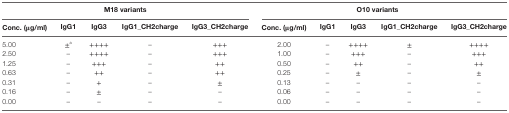
| <COLSPAN=5> M18 variants | <COLSPAN=5> O10 variants |
 | Conc. (μg/ml) | IgG1 | IgG3 | IgG1_CH2charge | IgG3_CH2charge | Conc. (μg/ml) | IgG1 | IgG3 | IgG1_CH2charge | IgG3_CH2charge |
 | --- | --- | --- | --- | --- | --- | --- | --- | --- | --- |
 | 5.00 | ±a | ++++ | – | +++ | 2.00 | – | ++++ | ± | ++++ |
 | 2.50 | – | ++++ | – | +++ | 1.00 | – | +++ | – | +++ |
 | 1.25 | – | +++ | – | ++ | 0.50 | – | ++ | – | ++ |
 | 0.63 | – | ++ | – | ++ | 0.25 | – | ± | – | ± |
 | 0.31 | – | + | – | ± | 0.13 | – | – | – | – |
 | 0.16 | – | ± | – | – | 0.06 | – | – | – | – |
 | 0.00 | – | – | – | – | 0.00 | – | – | – | – |